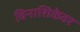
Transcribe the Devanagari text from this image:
विनाशिकेवर